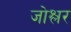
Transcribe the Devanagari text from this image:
जोश्लर